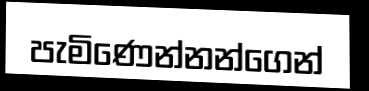
පැමිණෙන්නන්ගෙන්